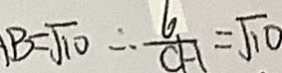
B = \sqrt { 1 0 } \therefore \frac { 6 } { C H } = \sqrt { 1 0 }